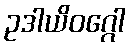
ဥဒါယိဝဂ္ဂေါ